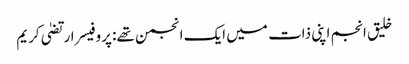
خلیق انجم اپنی ذات میں ایک انجمن تھے: پروفیسر ارتضیٰ کریم